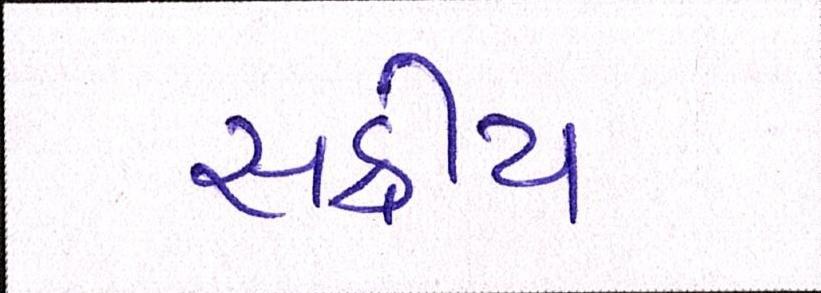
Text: સક્રીય